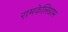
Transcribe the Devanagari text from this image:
रामकेलिग्राम